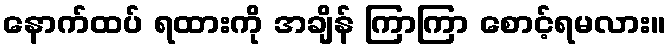
နောက်ထပ် ရထားကို အချိန် ကြာကြာ စောင့်ရမလား။